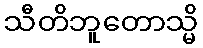
သီတိဘူတောသ္မိ